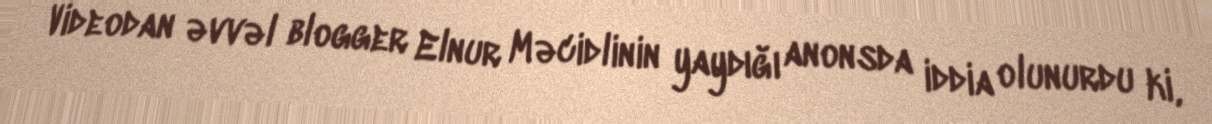
Videodan əvvəl blogger Elnur Məcidlinin yaydığı anonsda iddia olunurdu ki,